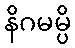
နိဂမမ္ပိ